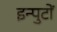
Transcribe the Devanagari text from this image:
इन्पुटों